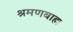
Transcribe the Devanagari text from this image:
श्रमणबाह्य